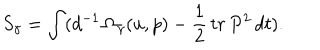
LaTeX: S _ { \gamma } = \int ( d ^ { - 1 } \, \Omega _ { \gamma } ( u , p ) - \frac { 1 } { 2 } \, t r \, P ^ { 2 } \, d t ) .